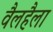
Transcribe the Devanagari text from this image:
वैलहैला